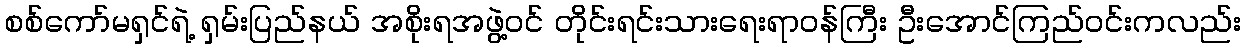
စစ်ကော်မရှင်ရဲ့ ရှမ်းပြည်နယ် အစိုးရအဖွဲ့ဝင် တိုင်းရင်းသားရေးရာဝန်ကြီး ဦးအောင်ကြည်ဝင်းကလည်း